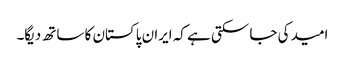
امید کی جا سکتی ہے کہ ایران پاکستان کا ساتھ دیگا۔